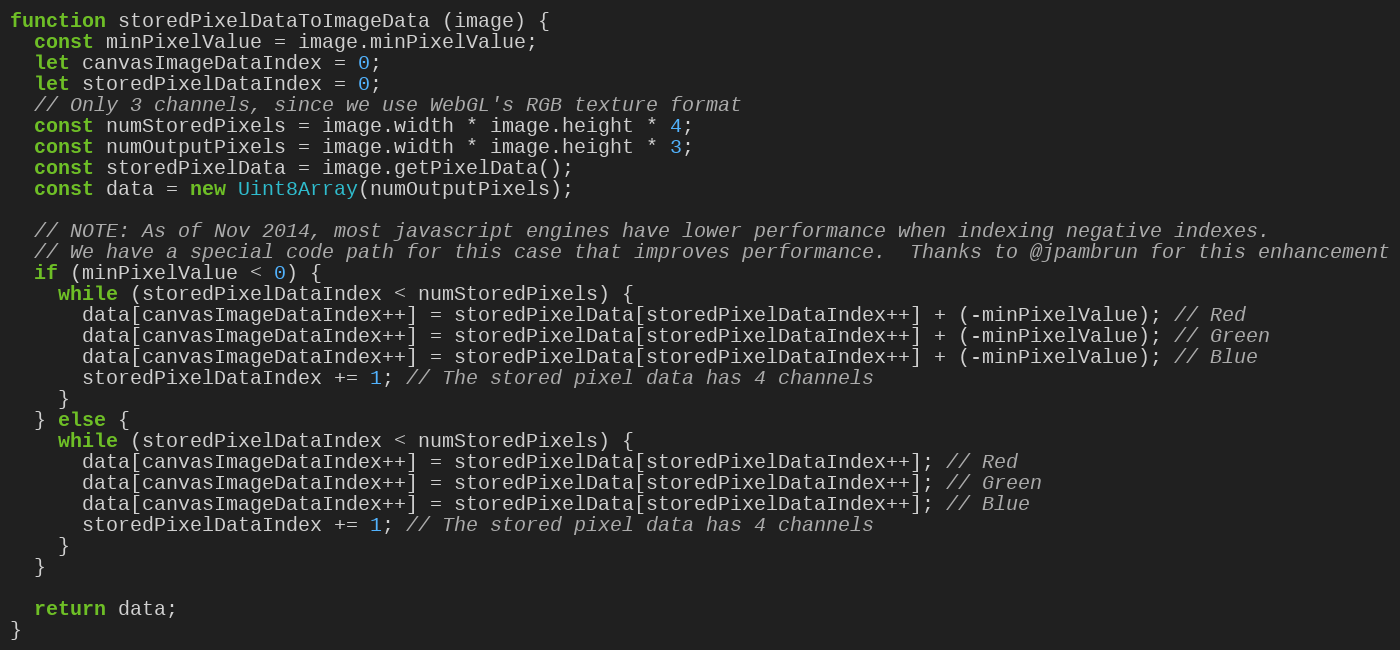
Language: JavaScript
function storedPixelDataToImageData (image) {
  const minPixelValue = image.minPixelValue;
  let canvasImageDataIndex = 0;
  let storedPixelDataIndex = 0;
  // Only 3 channels, since we use WebGL's RGB texture format
  const numStoredPixels = image.width * image.height * 4;
  const numOutputPixels = image.width * image.height * 3;
  const storedPixelData = image.getPixelData();
  const data = new Uint8Array(numOutputPixels);

  // NOTE: As of Nov 2014, most javascript engines have lower performance when indexing negative indexes.
  // We have a special code path for this case that improves performance.  Thanks to @jpambrun for this enhancement
  if (minPixelValue < 0) {
    while (storedPixelDataIndex < numStoredPixels) {
      data[canvasImageDataIndex++] = storedPixelData[storedPixelDataIndex++] + (-minPixelValue); // Red
      data[canvasImageDataIndex++] = storedPixelData[storedPixelDataIndex++] + (-minPixelValue); // Green
      data[canvasImageDataIndex++] = storedPixelData[storedPixelDataIndex++] + (-minPixelValue); // Blue
      storedPixelDataIndex += 1; // The stored pixel data has 4 channels
    }
  } else {
    while (storedPixelDataIndex < numStoredPixels) {
      data[canvasImageDataIndex++] = storedPixelData[storedPixelDataIndex++]; // Red
      data[canvasImageDataIndex++] = storedPixelData[storedPixelDataIndex++]; // Green
      data[canvasImageDataIndex++] = storedPixelData[storedPixelDataIndex++]; // Blue
      storedPixelDataIndex += 1; // The stored pixel data has 4 channels
    }
  }

  return data;
}